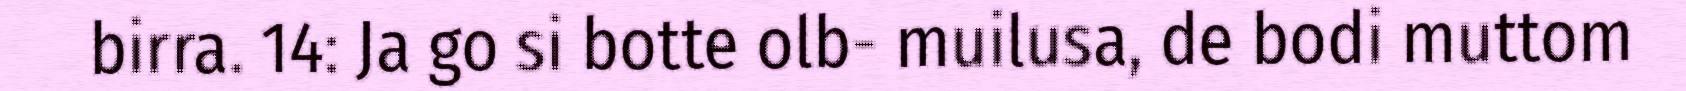
birra. 14: Ja go si botte olb- muilusa, de bodi muttom